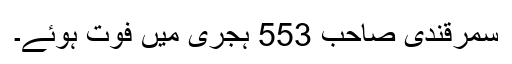
سمرقندی صاحب 553 ہجری میں فوت ہوئے۔